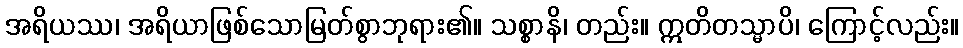
အရိယဿ၊ အရိယာဖြစ်သောမြတ်စွာဘုရား၏။ သစ္စာနိ၊ တည်း။ ဣတိတသ္မာပိ၊ ကြောင့်လည်း။